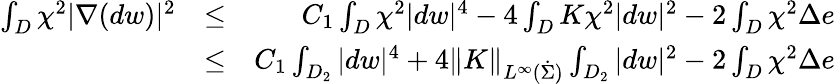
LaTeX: \begin{array}{rlr}{\int_{D}\chi^{2}|\nabla(dw)|^{2}}&{\leq}&{C_{1}\int_{D}\chi^{2}|dw|^{4}-4\int_{D}K\chi^{2}|dw|^{2}-2\int_{D}\chi^{2}\Delta e}\\ &{\leq}&{C_{1}\int_{D_{2}}|dw|^{4}+4\| K\| _{L^{\infty}(\dot{\Sigma})}\int_{D_{2}}|dw|^{2}-2\int_{D}\chi^{2}\Delta e}\end{array}